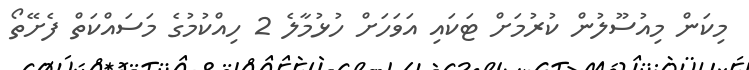
މިކަން މިއުސޫލުން ކުރުމަށް ޓަކައި އަވަހަށް ހުޅުމާލެ 2 ހިއްކުމުގެ މަސައްކަތް ފެށޭތޯ